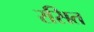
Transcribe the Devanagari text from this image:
रसित